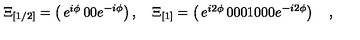
\Xi _ { [ 1 / 2 ] } = \left( \begin{matrix} { e ^ { i \phi } } & { 0 } \\ { 0 } & { e ^ { - i \phi } } \\ \end{matrix} \right) , \quad \Xi _ { [ 1 ] } = \left( \begin{matrix} { e ^ { i 2 \phi } } & { 0 } & { 0 } \\ { 0 } & { 1 } & { 0 } \\ { 0 } & { 0 } & { e ^ { - i 2 \phi } } \\ \end{matrix} \right) \quad ,